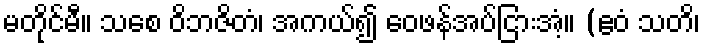
မတိုင်မီ။ သစေ ဝိဘဇိတံ၊ အကယ်၍ ဝေဖန်အပ်ငြားအံ့။ (ဧဝံ သတိ၊